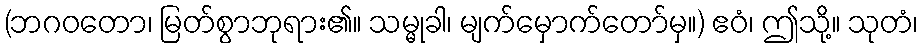
(ဘဂဝတော၊ မြတ်စွာဘုရား၏။ သမ္မုခါ၊ မျက်မှောက်တော်မှ။) ဧဝံ၊ ဤသို့။ သုတံ၊